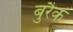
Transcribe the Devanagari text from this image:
बुरैक